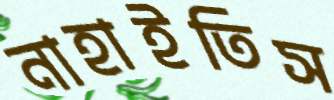
নাহাইতিস